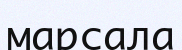
марсала